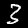
Label: 3